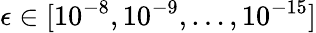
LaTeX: \epsilon\in[10^{-8},10^{-9},\dots,10^{-15}]